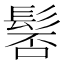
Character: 𩭍